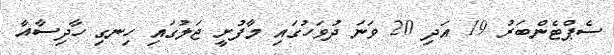
ސެޕްޓެންބަރު 19 އަދި 20 ވަނަ ދުވަހުގައި މާފުށީ ޖަލުގައި ހިނގި ހާދިސާއާ